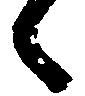
々